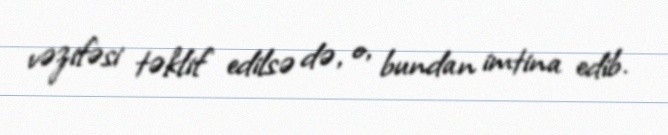
vəzifəsi təklif edilsə də, o, bundan imtina edib.